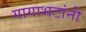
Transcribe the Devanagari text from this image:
गागाभटांनी